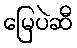
မြေပဲဆီ